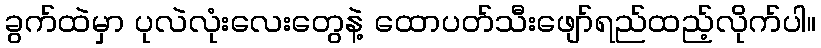
ခွက်ထဲမှာ ပုလဲလုံးလေးတွေနဲ့ ထောပတ်သီးဖျော်ရည်ထည့်လိုက်ပါ။